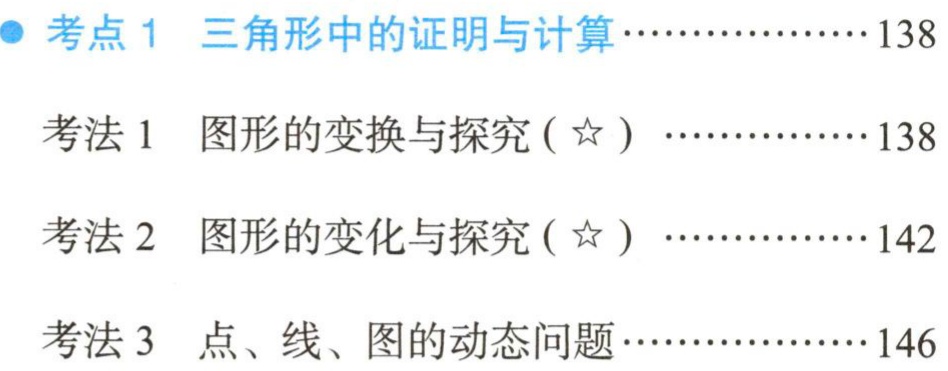
考点 1 三角形中的证明与计算………………138

考法 1 图形的变换与探究(☆) ………………138

考法 2 图形的变化与探究(☆) ………………142

考法 3 点、线、图的动态问题…………………146